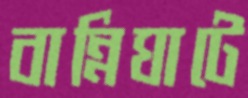
বান্নিঘাটে